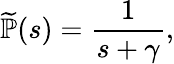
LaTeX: {\widetilde{\mathbb{P}}}(s)=\frac{1}{s+\gamma},